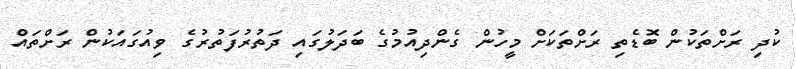
ކުދި ރަށްތަކުން ބޮޑެތި ރަށްތަކަށް މީހުން ގެންދިއުމުގެ ބަދަލުގައި ދަތުރުފަތުރުގެ ވިއުގައަކުން ރަށްތައް